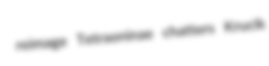
reimage Tetraoninae chatters Krucik